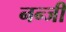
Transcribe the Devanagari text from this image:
नन्जी